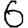
Digit: 6